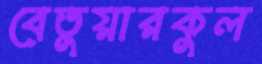
বেতুয়ারকুল